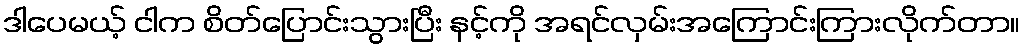
ဒါပေမယ့် ငါက စိတ်ပြောင်းသွားပြီး နင့်ကို အရင်လှမ်းအကြောင်းကြားလိုက်တာ။